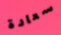
سعادة